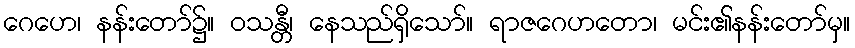
ဂေဟေ၊ နန်းတော်၌။ ဝသန္တီ၊ နေသည်ရှိသော်။ ရာဇဂေဟတော၊ မင်း၏နန်းတော်မှ။